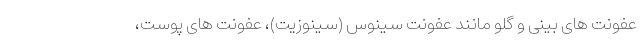
عفونت های بینی و گلو مانند عفونت سینوس (سینوزیت)، عفونت های پوست،